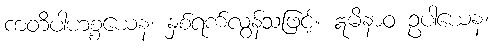
ကတိပါဟစ္စယေန၊ နှစ်ရက်လွန်သဖြင့်။ ဣမိနာဝ ဥပါယေန၊